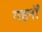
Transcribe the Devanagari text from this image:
गहनोँ